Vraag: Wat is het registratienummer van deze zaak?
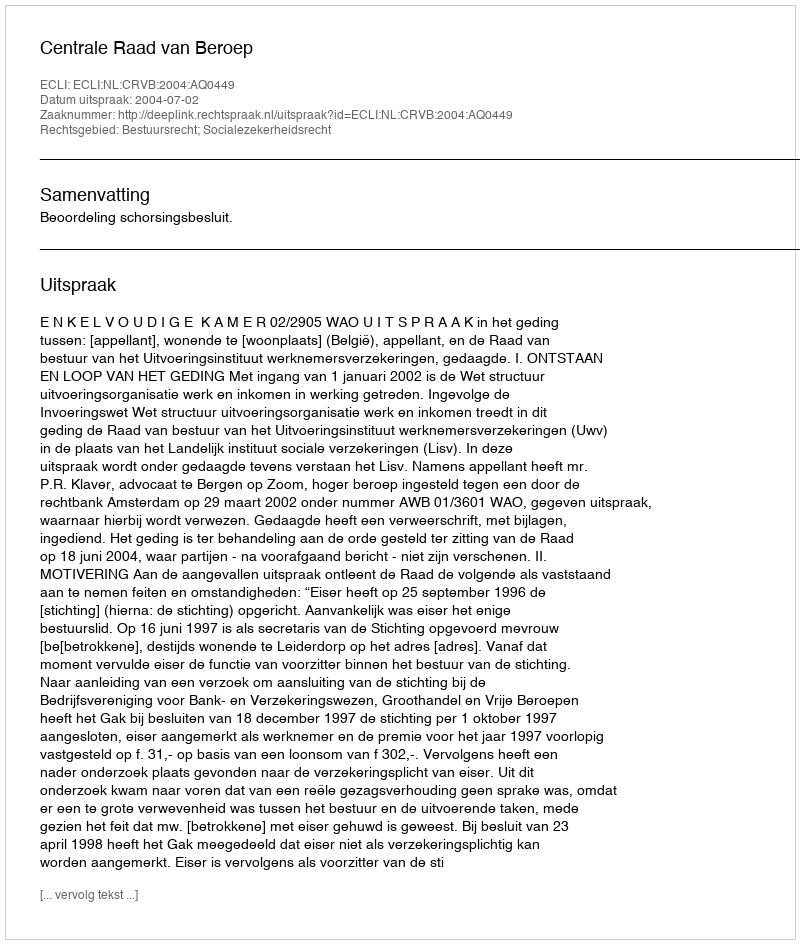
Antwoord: http://deeplink.rechtspraak.nl/uitspraak?id=ECLI:NL:CRVB:2004:AQ0449